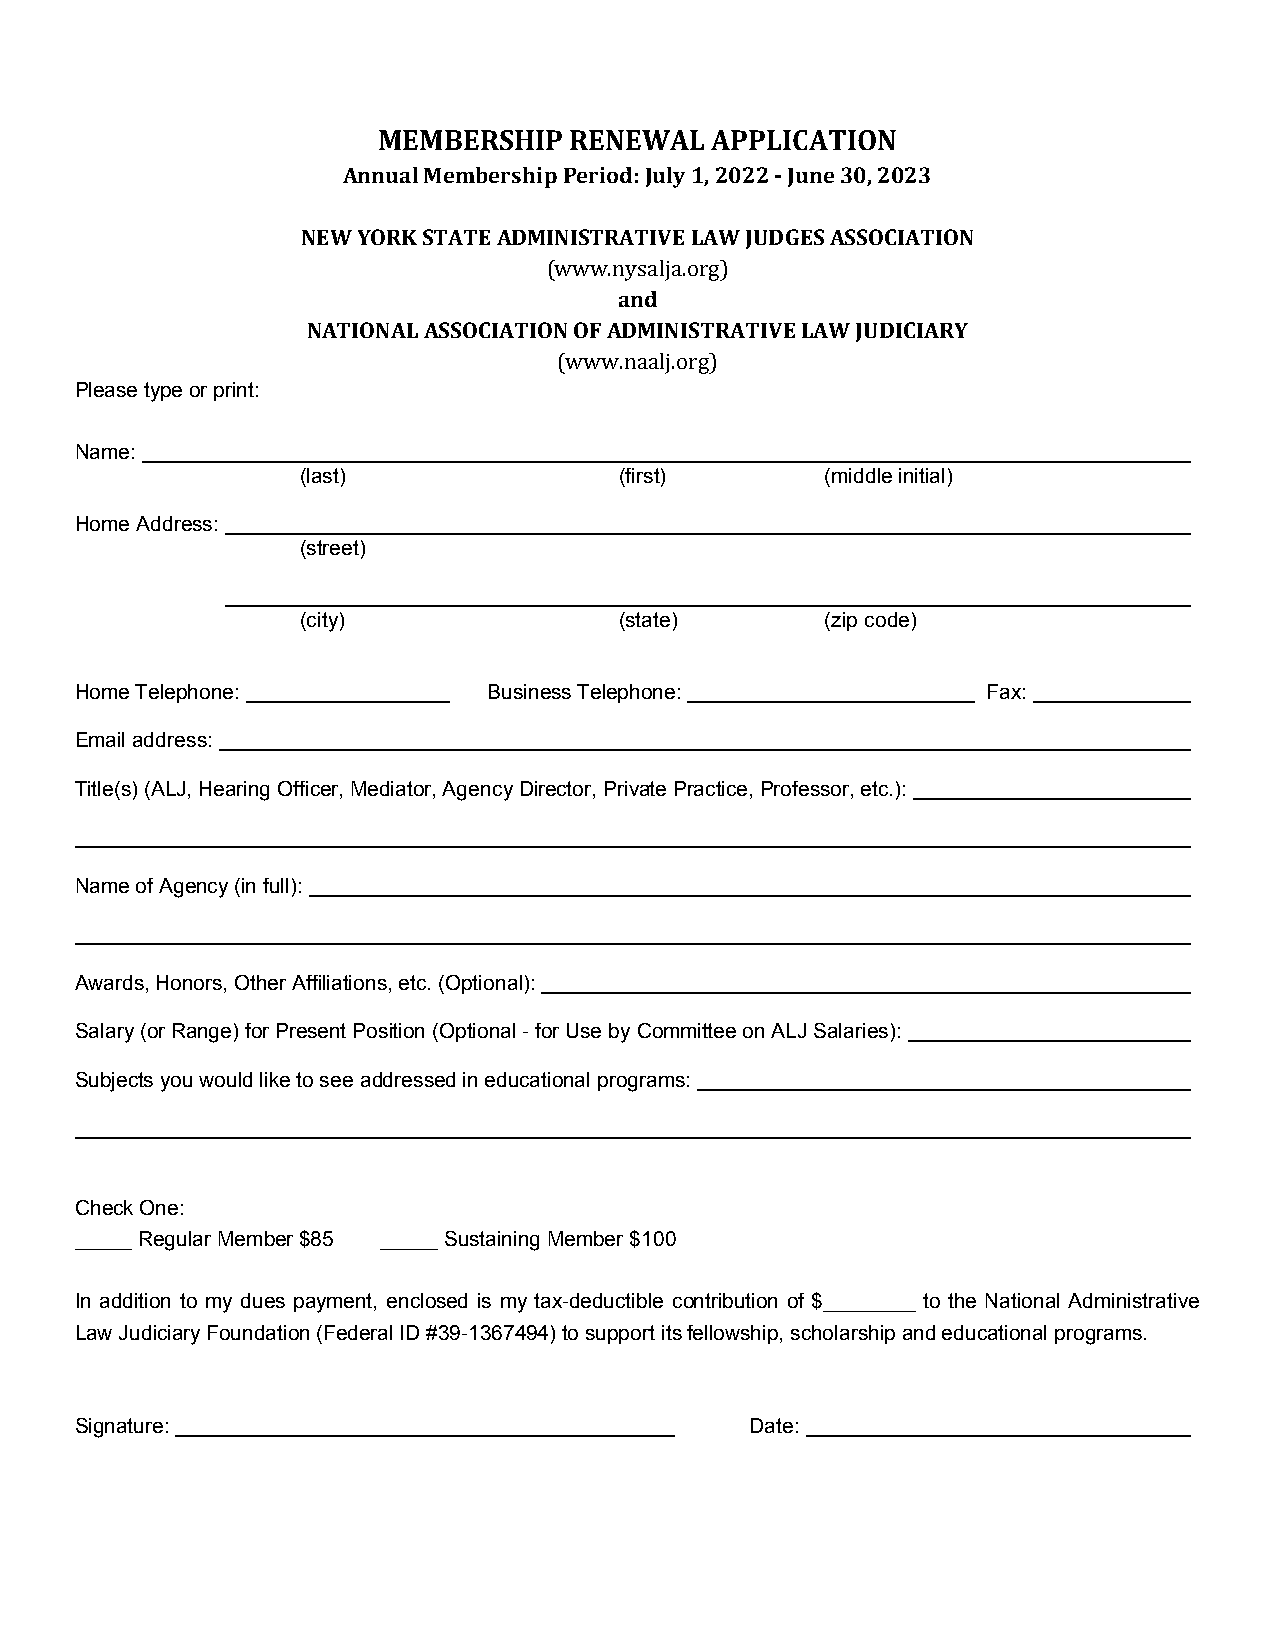
MEMBERSHIP   RENEWAL  APPLICATION
 Annual Membership Period: July 1, 2022 ‐ June 30, 2023
 NEW YORK STATE ADMINISTRATIVE LAW JUDGES ASSOCIATION
 (www.nysalja.org)
 and
 NATIONAL ASSOCIATION OF ADMINISTRATIVE LAW JUDICIARY
 (www.naalj.org)
 Please type or print:
 Name:
 (last)               (first)       (middle initial)
 Home Address:
 (street)
 (city)               (state)       (zip code)
 Home Telephone:            Business Telephone:              Fax:
 Email address:
 Title(s) (ALJ, Hearing Officer, Mediator, Agency Director, Private Practice, Professor, etc.):
 Name of Agency (in full):
 Awards, Honors, Other Affiliations, etc. (Optional):
 Salary (or Range) for Present Position (Optional - for Use by Committee on ALJ Salaries):
 Subjects you would like to see addressed in educational programs:
 Check One:
 _____ Regular Member $85 _____ Sustaining Member $100
 In addition to my dues payment, enclosed is my tax-deductible contribution of $________ to the National Administrative
 Law Judiciary Foundation (Federal ID #39-1367494) to support its fellowship, scholarship and educational programs.
 Signature:                                   Date: